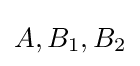
A,B_{1},B_{2}